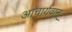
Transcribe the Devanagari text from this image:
आचार्यवान्